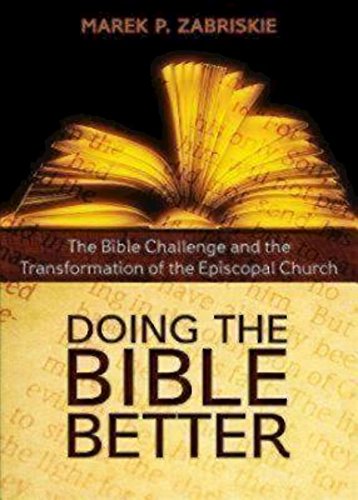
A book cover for Doing the Bible Better: The Bible Challenge and the Transformation of the Episcopal Church; Marek P. Zabriskie; Christian Books & Bibles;